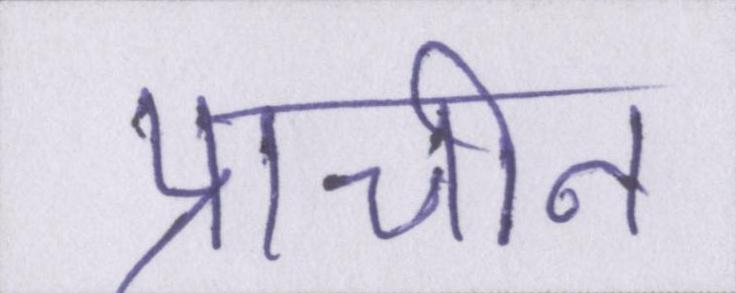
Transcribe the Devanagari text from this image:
प्राचीन